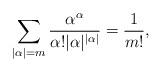
LaTeX: \begin{align*} \sum_{|\alpha|=m}\frac{\alpha^{\alpha}}{\alpha!|\alpha|^{|\alpha|}}=\frac{1}{m!},\end{align*}